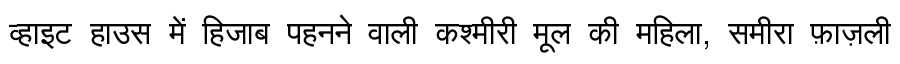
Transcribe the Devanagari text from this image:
व्हाइट हाउस में हिजाब पहनने वाली कश्मीरी मूल की महिला, समीरा फ़ाज़ली